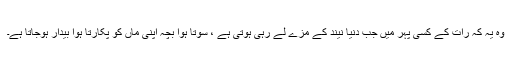
وہ یہ کہ رات کے کسی پہر میں جب دنیا نیند کے مزے لے رہی ہوتی ہے ، سوتا ہوا بچہ اپنی ماں کو پکارتا ہوا بیدار ہوجاتا ہے۔